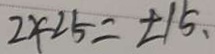
2 < 2 5 = \pm 1 5 、